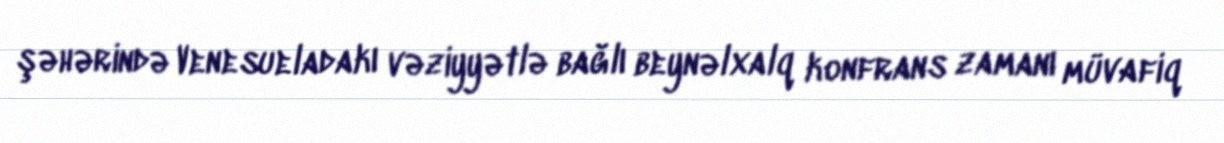
şəhərində Venesueladakı vəziyyətlə bağlı beynəlxalq konfrans zamanı müvafiq